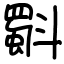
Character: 斣